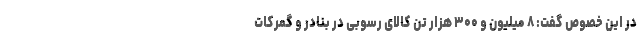
در این خصوص گفت: ۸ میلیون و ۳۰۰ هزار تن کالای رسوبی در بنادر و گمرکات